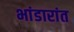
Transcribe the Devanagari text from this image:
भांडारांत